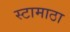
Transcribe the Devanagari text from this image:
स्टामाठा